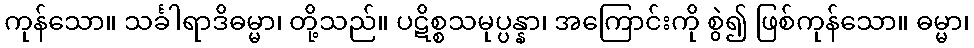
ကုန်သော။ သင်္ခါရာဒိဓမ္မာ၊ တို့သည်။ ပဋိစ္စသမုပ္ပန္နာ၊ အကြောင်းကို စွဲ၍ ဖြစ်ကုန်သော။ ဓမ္မာ၊